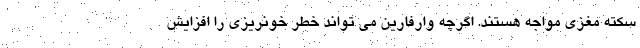
سکته مغزی مواجه هستند. اگرچه وارفارین می تواند خطر خونریزی را افزایش